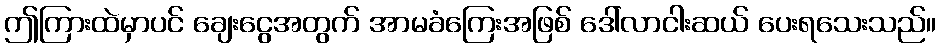
ဤကြားထဲမှာပင် ချေးငွေအတွက် အာမခံကြေးအဖြစ် ဒေါ်လာငါးဆယ် ပေးရသေးသည်။